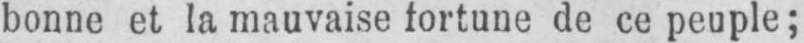
bonne et la mauvaise fortune de ce peuple;